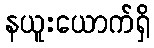
နယူးယောက်ရှိ